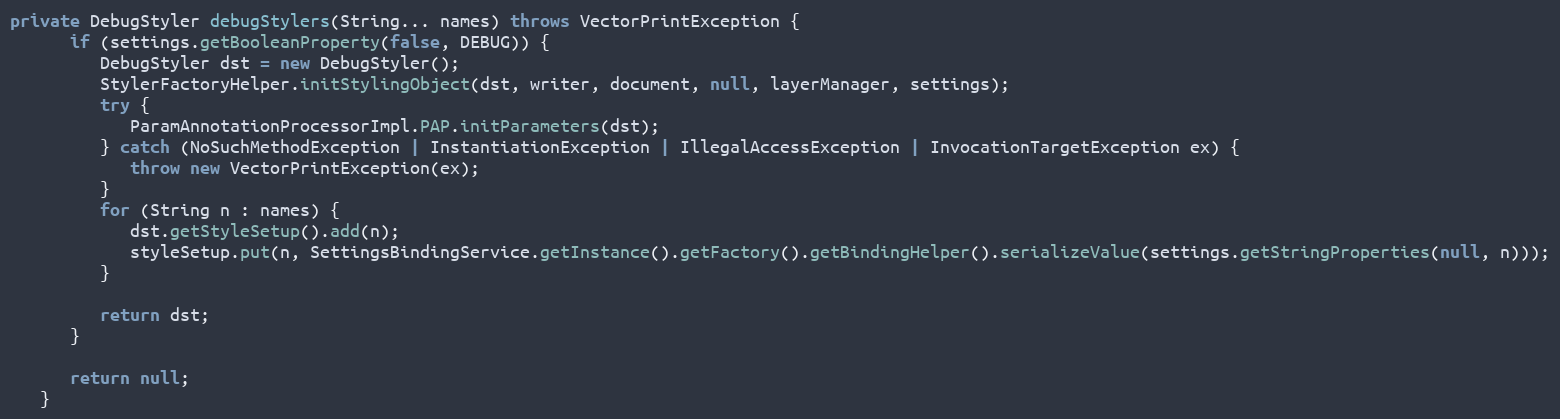
Language: Java
private DebugStyler debugStylers(String... names) throws VectorPrintException {
      if (settings.getBooleanProperty(false, DEBUG)) {
         DebugStyler dst = new DebugStyler();
         StylerFactoryHelper.initStylingObject(dst, writer, document, null, layerManager, settings);
         try {
            ParamAnnotationProcessorImpl.PAP.initParameters(dst);
         } catch (NoSuchMethodException | InstantiationException | IllegalAccessException | InvocationTargetException ex) {
            throw new VectorPrintException(ex);
         }
         for (String n : names) {
            dst.getStyleSetup().add(n);
            styleSetup.put(n, SettingsBindingService.getInstance().getFactory().getBindingHelper().serializeValue(settings.getStringProperties(null, n)));
         }

         return dst;
      }

      return null;
   }